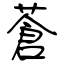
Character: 蒼